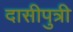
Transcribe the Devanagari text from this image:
दासीपुत्री